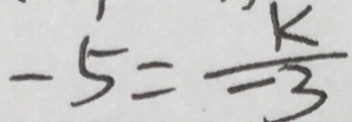
- 5 = \frac { k } { - 3 }